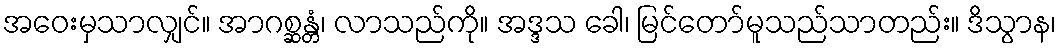
အဝေးမှသာလျှင်။ အာဂစ္ဆန္တံ၊ လာသည်ကို။ အဒ္ဒသ ခေါ၊ မြင်တော်မူသည်သာတည်း။ ဒိသွာန၊